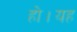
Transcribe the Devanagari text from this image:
हो।यह